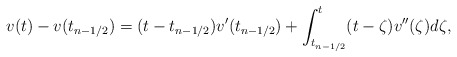
\begin{align*} v(t)-v(t_{n-1/2}) = (t-t_{n-1/2})v'(t_{n-1/2}) + \int_{t_{n-1/2}}^{t} (t-\zeta)v''(\zeta)d\zeta, \end{align*}